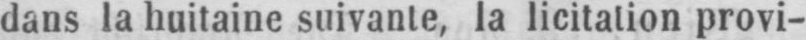
dans la huitaine suivante la licitation provi-